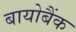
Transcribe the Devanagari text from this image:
बायोबैंक